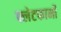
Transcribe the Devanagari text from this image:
फ्लेटफार्मों